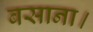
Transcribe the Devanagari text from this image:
बसाना।